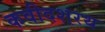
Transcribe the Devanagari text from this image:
कवीदशरथ